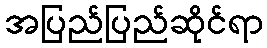
အပြည်ပြည်ဆိုင်ရာ